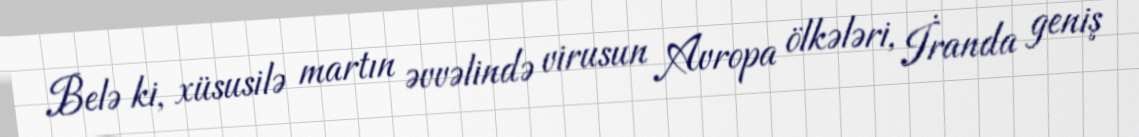
Belə ki, xüsusilə martın əvvəlində virusun Avropa ölkələri, İranda geniş